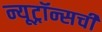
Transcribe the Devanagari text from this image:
न्यूट्रॉन्सची